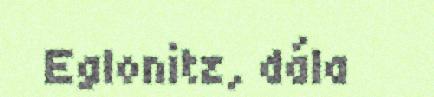
Eglonitz, dála